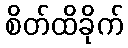
စိတ်ထိခိုက်